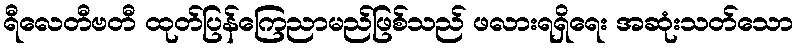
ရီလေတီဗတီ ထုတ်ပြန်ကြေညာမည်ဖြစ်သည် ဖလားရရှိရေး အဆုံးသတ်သော